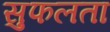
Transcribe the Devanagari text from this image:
सुफलता